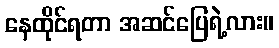
နေထိုင်ရတာ အဆင်ပြေရဲ့လား။